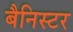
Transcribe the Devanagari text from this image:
बैनिस्टर